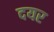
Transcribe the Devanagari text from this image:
दयर